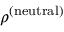
\rho ^ { ( \mathrm { n e u t r a l } ) }